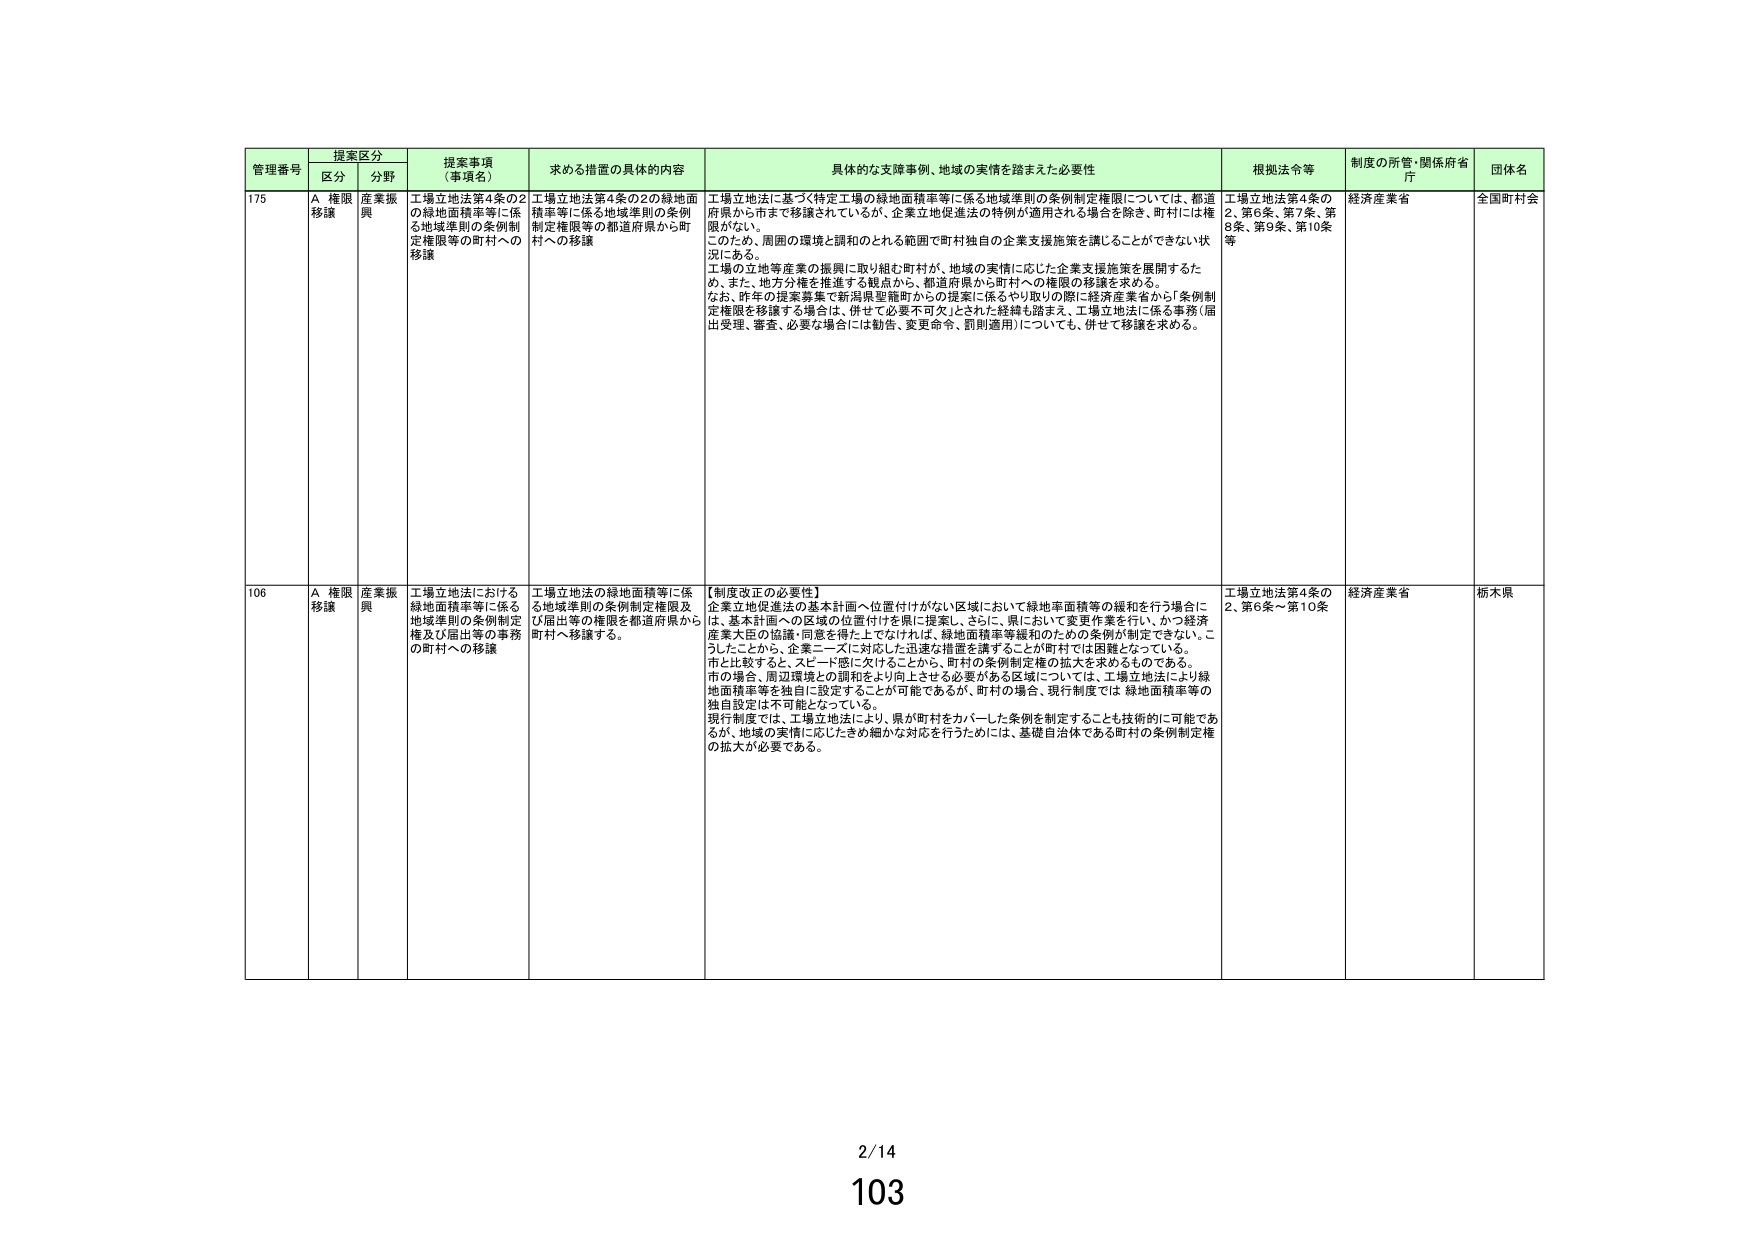
管理番号 提案区分 提案事項（事項名） 求める措置の具体的内容 具体的な支援事例、地域の実情を踏まえた必要性 根拠法令等 制度の所管・関係府省庁 団体名
区分 分野
175 A 権限移譲 産業振興 工場立地法第4条の2の緑地面積率等に係る地域準則の条例制定権限等の町村への移譲 工場立地法第4条の2の緑地面積率等に係る地域準則の条例制定権限等の都道府県から町村への移譲 工場立地法に基づく特定工場の緑地面積率等に係る地域準則の条例制定権限については、都道府県から市まで移譲されているが、企業立地促進法の特例が適用される場合を除き、町村には権限がない。このため、周囲の環境と調和のとれる範囲で町村独自の企業支援施策を講じることができない状況にある。工場の立地等産業の振興に取り組む町村が、地域の実情に応じた企業支援施策を展開するため、また、地方分権を推進する観点から、都道府県から町村への権限の移譲を求める。なお、昨年の提案募集で新潟県聖籠町からの提案に係るやり取りの際に経済産業省から「条例制定権限を移譲する場合は、併せて必要不可欠」とされた経緯も踏まえ、工場立地法に係る事務（届出受理、審査、必要な場合には勧告、変更命令、罰則適用）についても、併せて移譲を求める。 工場立地法第4条の2、第6条、第7条、第8条、第9条、第10条等 経済産業省 全国町村会
106 A 権限移譲 産業振興 工場立地法における緑地面積率等に係る地域準則の条例制定権及び届出等の事務の町村への移譲 工場立地法の緑地面積率等に係る地域準則の条例制定権限及び届出等の権限を都道府県から町村へ移譲する。 【制度改正の必要性】企業立地促進法の基本計画へ位置付けがない区域において緑地面積率等の緩和を行う場合には、基本計画への区域の位置付けを県に提案し、さらに、県において変更作業を行い、かつ経済産業大臣の協議・同意を得た上でなければ、緑地面積率等緩和のための条例が制定できない。こうしたことから、企業ニーズに対応した迅速な措置を講ずることが町村では困難となっている。市と比較すると、スピード感に欠けることから、町村の条例制定権の拡大を求めるものである。市の場合、周辺環境との調和をより向上させる必要がある区域については、工場立地法により緑地面積率等を独自に設定することが可能であるが、町村の場合、現行制度では緑地面積率等の独自設定は不可能となっている。現行制度では、工場立地法により、県が町村をカバーした条例を制定することも技術的に可能であるが、地域の実情に応じたきめ細かな対応を行うためには、基礎自治体である町村の条例制定権の拡大が必要である。 工場立地法第4条の2、第6条～第10条 経済産業省 栃木県
2/14
103